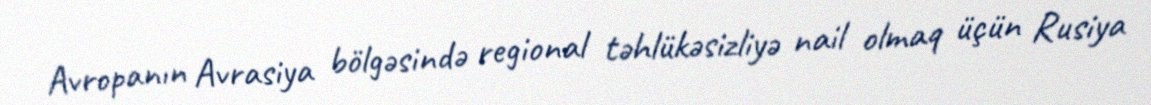
Avropanın Avrasiya bölgəsində regional təhlükəsizliyə nail olmaq üçün Rusiya